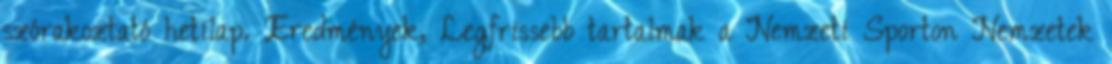
szórakoztató hetilap. Eredmények, Legfrissebb tartalmak a Nemzeti Sporton Nemzetek